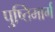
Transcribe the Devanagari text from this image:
पुष्तिमार्ग